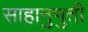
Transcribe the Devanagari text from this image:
साहानुभुती